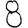
Digit: 8